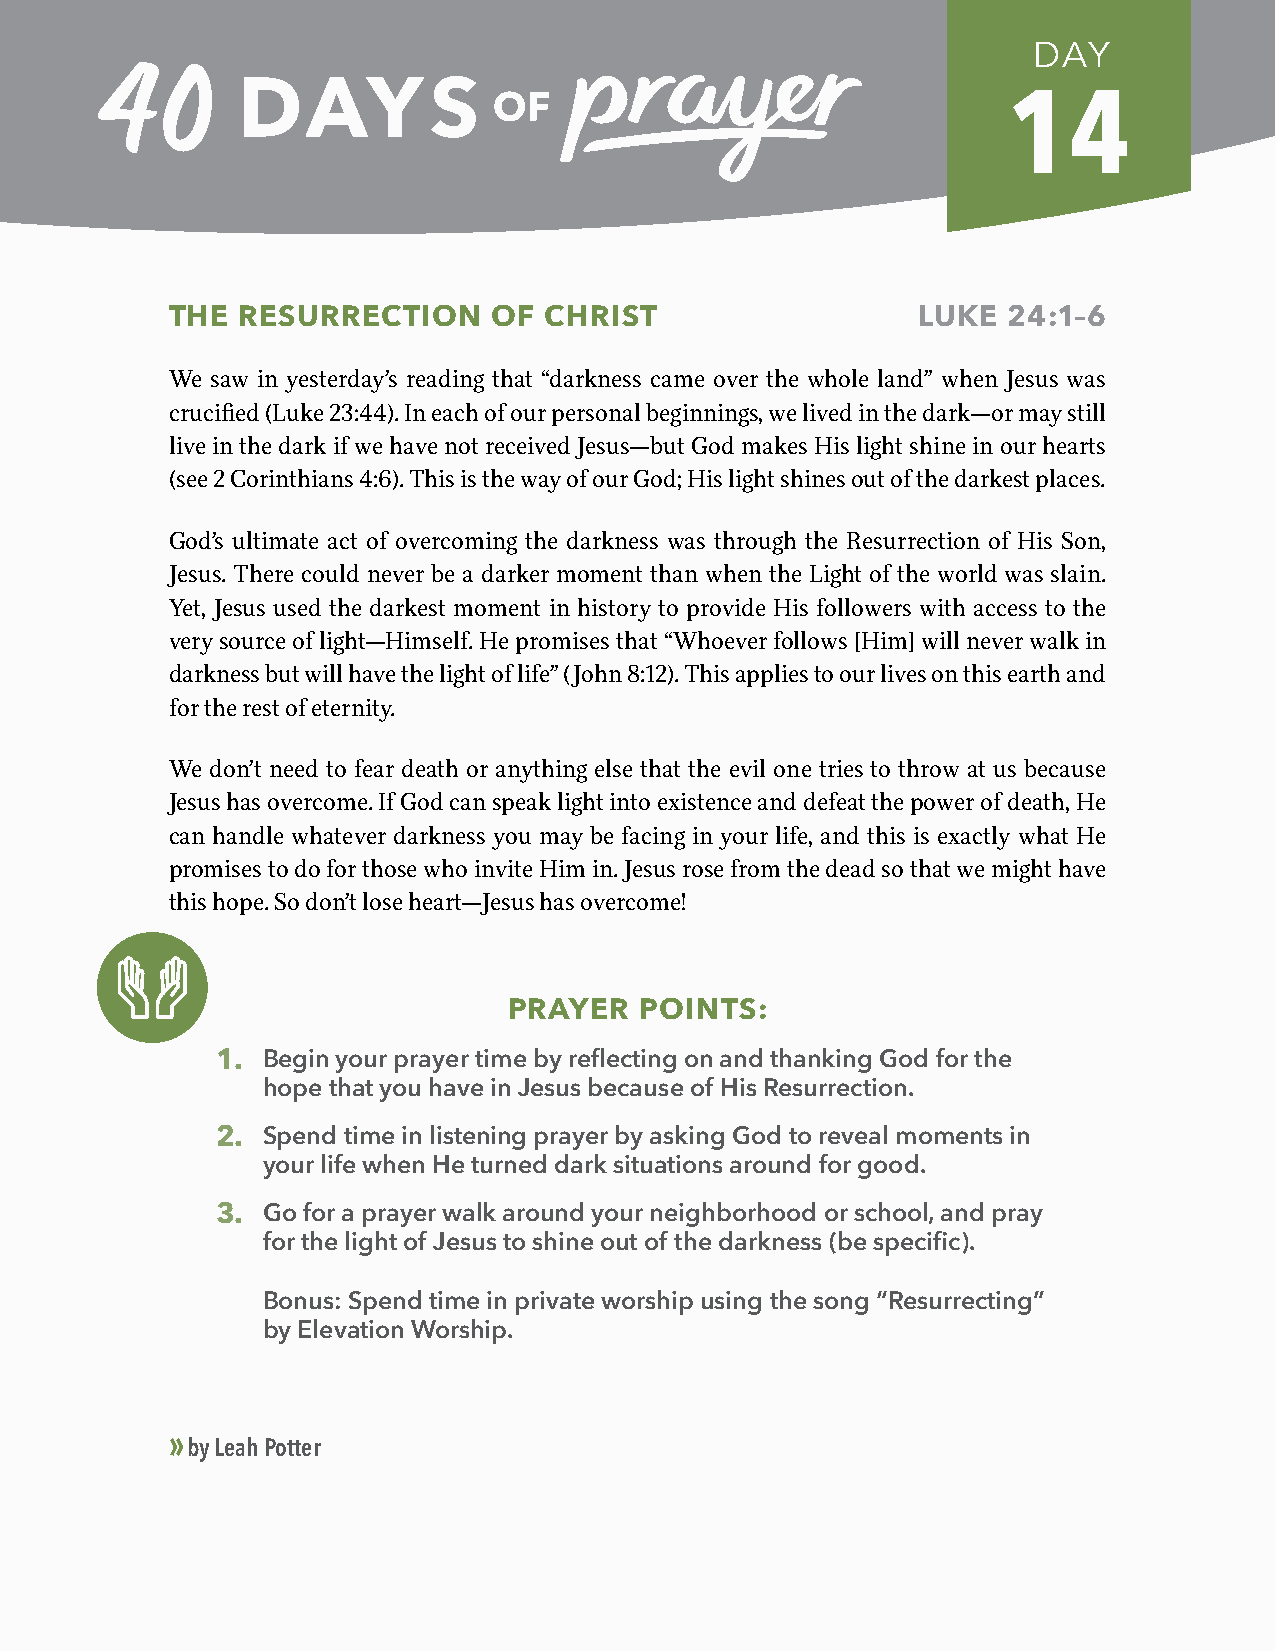
DAY
 14
 THE  RESURRECTION     OF CHRIST                   LUKE  24:1–6
 We saw in yesterday’s reading that “darkness came over the whole land” when Jesus was
 crucified (Luke 23:44). In each of our personal beginnings, we lived in the dark—or may still
 live in the dark if we have not received Jesus—but God makes His light shine in our hearts
 (see 2 Corinthians 4:6). This is the way of our God; His light shines out of the darkest places.
 God’s ultimate act of overcoming the darkness was through the Resurrection of His Son,
 Jesus. There could never be a darker moment than when the Light of the world was slain.
 Yet, Jesus used the darkest moment in history to provide His followers with access to the
 very source of light—Himself. He promises that “Whoever follows [Him] will never walk in
 darkness but will have the light of life” (John 8:12). This applies to our lives on this earth and
 for the rest of eternity.
 We don’t need to fear death or anything else that the evil one tries to throw at us because
 Jesus has overcome. If God can speak light into existence and defeat the power of death, He
 can handle whatever darkness you may be facing in your life, and this is exactly what He
 promises to do for those who invite Him in. Jesus rose from the dead so that we might have
 this hope. So don’t lose heart—Jesus has overcome!
 PRAYER  POINTS:
 1. Begin your prayer time by reflecting on and thanking God for the
 hope that you have in Jesus because of His Resurrection.
 2. Spend time in listening prayer by asking God to reveal moments in
 your life when He turned dark situations around for good.
 3. Go for a prayer walk around your neighborhood or school, and pray
 for the light of Jesus to shine out of the darkness (be specific).
 Bonus: Spend time in private worship using the song “Resurrecting”
 by Elevation Worship.
 »
 by Leah Potter